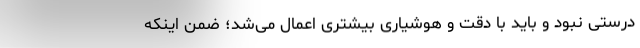
درستی نبود و باید با دقت و هوشیاری بیشتری اعمال می‌شد؛ ضمن اینکه